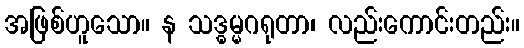
အဖြစ်ဟူသော။ န သဒ္ဓမ္မဂရုတာ၊ လည်းကောင်းတည်း။